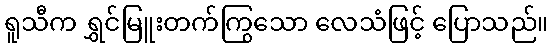
ရူသီက ရွှင်မြူးတက်ကြွသော လေသံဖြင့် ပြောသည်။